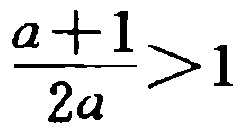
\frac{a + 1}{2a} > 1